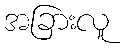
အခြားလူ